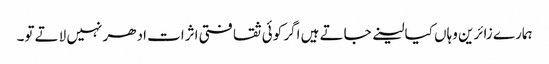
ہمارے زائرین وہاں کیا لینے جاتے ہیں اگر کوئی ثقافتی اثرات ادھر نہیں لاتے تو۔